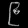
Digit: ၉